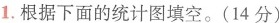
1.根据下面的统计图填空。(14分)